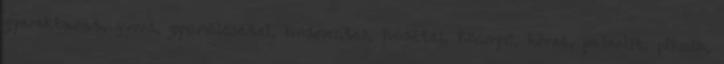
gyerekbarát, gyors, gyümölcsétel, húsmentes, húsétel, könnyű, köret, paleolit, piknik,